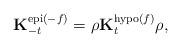
LaTeX: \begin{align*}\mathbf{K}^{\operatorname{epi}(-f)}_{-t} = \rho \mathbf{K}^{\operatorname{hypo}(f)}_t \rho, \end{align*}